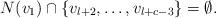
LaTeX: \begin{align*}N(v_1)\cap \{v_{l+2},\dots,v_{l+c-3}\}=\emptyset. \end{align*}